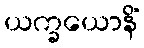
ယက္ခယောနိံ